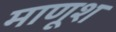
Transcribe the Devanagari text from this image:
माणूश